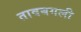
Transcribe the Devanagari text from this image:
तावबगली